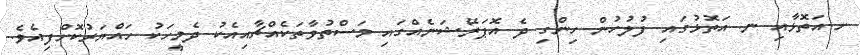
ށ.އަތޮޅާއި ނ. އަތޮޅުގައި ފުލުހުން ހިންގި ދެ އޮޕަރޭޝަނެއްގައި މަސްތުވާތަކެއްޗާއިއެކު ދެމީހަކު ހައްޔަރުކޮށްފިއެވެ.